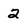
Character: 2